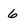
Character: 6